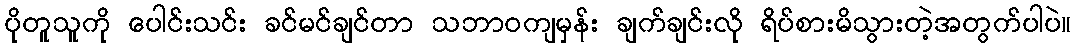
ပိုတူသူကို ပေါင်းသင်း ခင်မင်ချင်တာ သဘာဝကျမှန်း ချက်ချင်းလို ရိပ်စားမိသွားတဲ့အတွက်ပါပဲ။